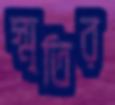
স্মৃতির